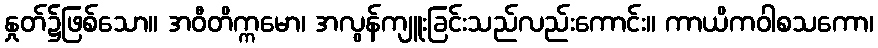
နှုတ်၌ဖြစ်သော။ အဝီတိက္ကမော၊ အလွန်ကျူးခြင်းသည်လည်းကောင်း။ ကာယိကဝါစသကော၊